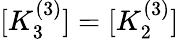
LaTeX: [K_{3}^{(3)}]=[K_{2}^{(3)}]